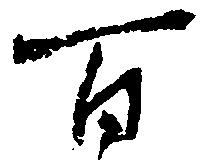
百